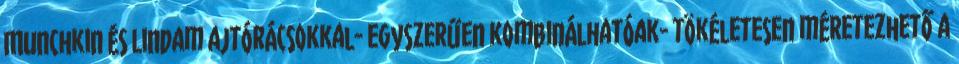
Munchkin és Lindam ajtórácsokkal- egyszerűen kombinálhatóak- tökéletesen méretezhető a